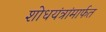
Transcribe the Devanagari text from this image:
शोधयंत्रांमार्फत